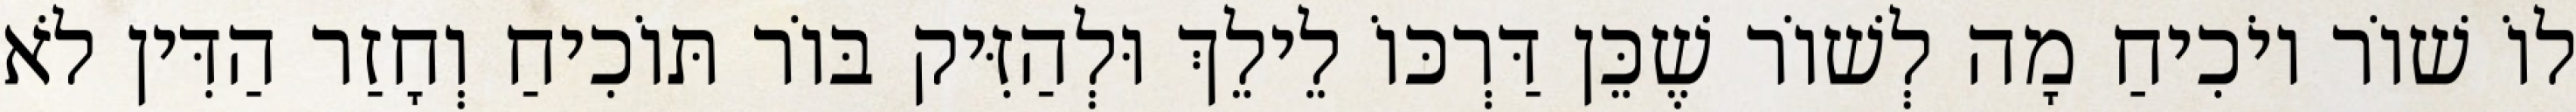
לוֹ שׁוֹר יוֹכִיחַ מָה לְשׁוֹר שֶׁכֵּן דַּרְכּוֹ לֵילֵךְ וּלְהַזִּיק בּוֹר תּוֹכִיחַ וְחָזַר הַדִּין לֹא